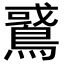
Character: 𪂵